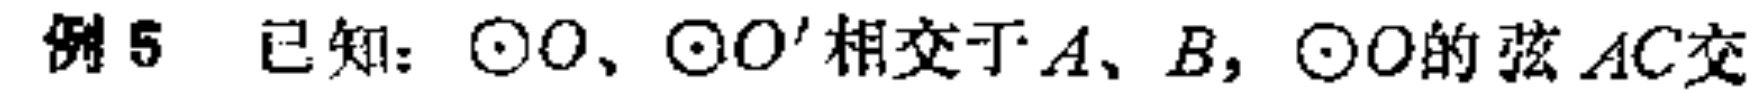
例5 已知：$\odot O$、$\odot O^{\prime}$相交于$A、B$，$\odot O$的弦$AC$交